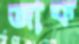
জাফ